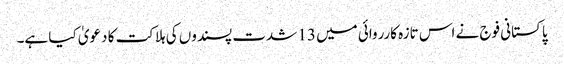
پاکستانی فوج نے اس تازہ کارروائی میں 13 شدت پسندوں کی ہلاکت کا دعویٰ کیا ہے۔